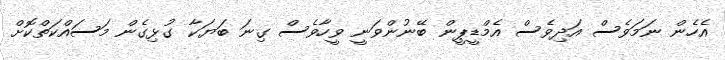
އެހެން ނަމަވެސް އަދިވެސް އެމްޑީޕީން ބޭނުންވަނީ ވީހާވެސް ގިނަ ބަޔަކާ ގުޅިގެން މަސައްކަތްކޮށް